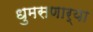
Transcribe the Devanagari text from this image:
धुमसणार्‍या